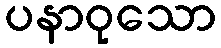
ပနာဝုသော